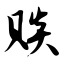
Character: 赕